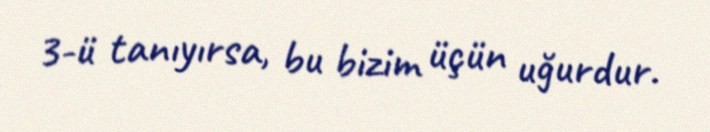
3-ü tanıyırsa, bu bizim üçün uğurdur.